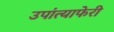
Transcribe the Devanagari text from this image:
उपांत्याफेरी